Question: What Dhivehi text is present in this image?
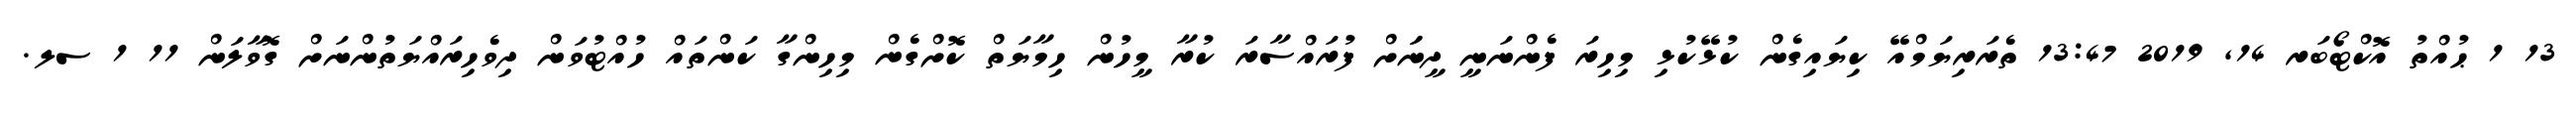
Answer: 13 1 ޙުއްތު އޮކްޓޯބަރ 14, 2019 13:47 ތެރަރިޔަމްއޭ ކިޔައިގެން ކުޅޭކުޅި މިހިރަ ފެންނަނީ ދީނަަށް ފުރައްސާރަ ކުރާ މީހުން ހިމާޔަތް ކޮށްގެން މިހިންގާ ކަންތައް ހުއްޓުވަން ދިވެހިރައްޔަތުންނަށް ގޮވާލަން 11 1 ސލ.